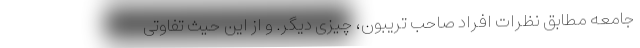
جامعه مطابق نظرات افراد صاحب تریبون، چیزی دیگر. و از این حیث تفاوتی